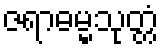
ဇရာဓမ္မသုတ္တံ